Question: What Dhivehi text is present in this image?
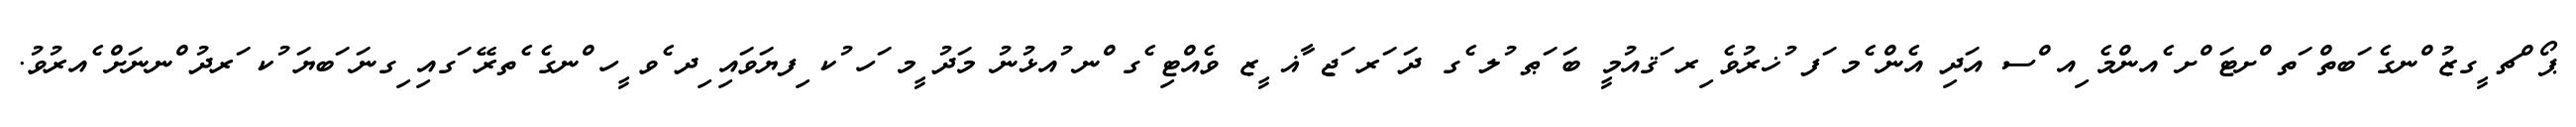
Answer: ޕޯ ްޗ ީގޒު ްނގެ ަބތް ަތ ްށޓަ ްށ ެއންމެ ިއ ްސ އަދި އެން ެމ ަފ ުޚރުވެ ިރ ަޤއުމީ ބަ ަޠ ުލ ެގ ދަ ަރ ަޖ ާޣ ީޒ ވެއްޓި ެގ ްނ ުއޅުނު މަދު ީމ ަހ ުކ ިފޔަވައި ިދ ެވ ީހ ްނގެ ެތރޭ ަގއި ިގނަ ަބޔަ ުކ ަރދު ްނނަށް ެއރުވު.